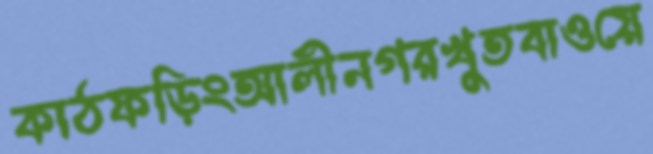
কাঠফড়িংআলীনগরখুতবাওয়ে